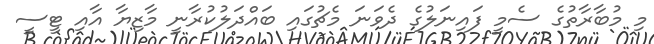
މި މުބާރާތުގެ ސެމީ ފައިނަލުގެ ދެވަނަ މެޗުގައި ބައްދަލުކުރާނީ މާޒިޔާ އާއި ޓީސީ